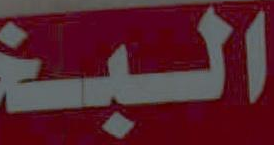
البـ